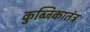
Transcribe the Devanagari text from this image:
कुब्जिकातंत्र